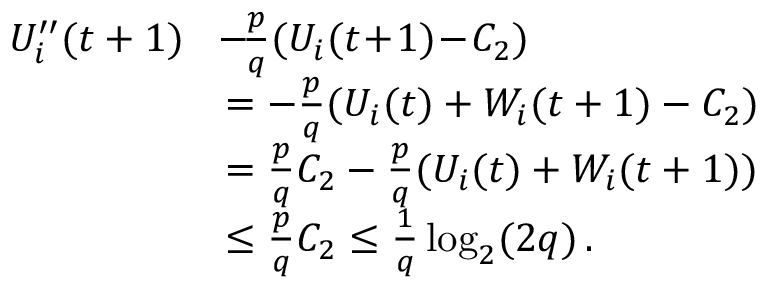
\begin{array} { r l } { U _ { i } ^ { \prime \prime } ( t + 1 ) } & { \! - \! \frac { p } { q } ( U _ { i } ( t \! + \! 1 ) \! - \! C _ { 2 } ) } \\ & { = - \frac { p } { q } ( U _ { i } ( t ) + W _ { i } ( t + 1 ) - C _ { 2 } ) } \\ & { = \frac { p } { q } C _ { 2 } - \frac { p } { q } ( U _ { i } ( t ) + W _ { i } ( t + 1 ) ) } \\ & { \le \frac { p } { q } C _ { 2 } \le \frac { 1 } { q } \log _ { 2 } ( 2 q ) \, . } \end{array}